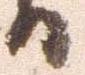
日